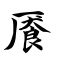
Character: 餍